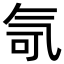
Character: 𪵤